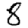
Digit: 8